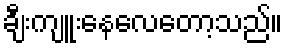
ချီးကျူးနေလေတော့သည်။